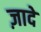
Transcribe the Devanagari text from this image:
ज़ादे